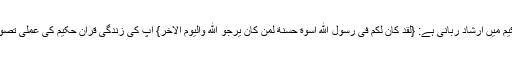
قرآن حکیم میں ارشاد ربانی ہے: {لَقَدْ كانَ لَكمْ فِیْ رَسُوْلِ اللّٰه اُسْوَة حَسَنَة لِّمَنْ كانَ یَرْجُو اللّٰه وَالْیَوْمَ الْاٰخِرَ} آپ کی زندگی قرآن حکیم کی عملی تصویر تھی۔